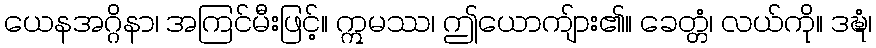
ယေနအဂ္ဂိနာ၊ အကြင်မီးဖြင့်။ ဣမဿ၊ ဤယောကျ်ား၏။ ခေတ္တံ၊ လယ်ကို။ ဒဍ္ဎံ၊